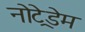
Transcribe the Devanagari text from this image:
नोट्रेडेम